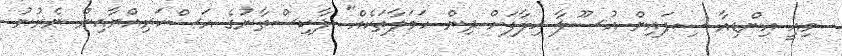
މިއީ އިންޑިއާ ސިފައިން އުސޫލާ ޚިލާފަށް ދިން ހަމަލާތަކެއް" ޕާކިސްތާނުގެ އަސްކަރިއްޔާއިން ނެރުނު